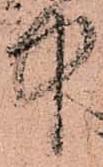
中